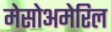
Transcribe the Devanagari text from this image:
मेसोअमेरिल